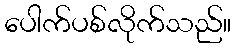
ပေါက်ပစ်လိုက်သည်။